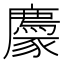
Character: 𧲊